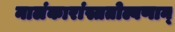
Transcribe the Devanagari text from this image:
नालंकारांस्ततोल्बणान्